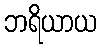
ဘရိယာယ